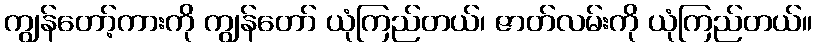
ကျွန်တော့်ကားကို ကျွန်တော် ယုံကြည်တယ်၊ ဇာတ်လမ်းကို ယုံကြည်တယ်။